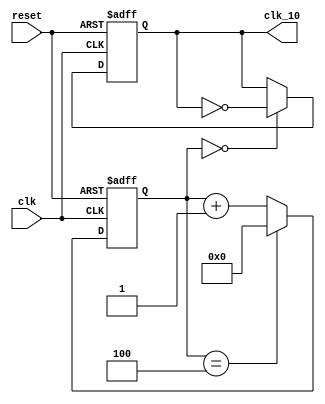
`timescale 1ns / 1ps
//////////////////////////////////////////////////////////////////////////////////
// Company: 
// Engineer: 
// 
// Design Name: 
// Module Name: clk_gen
// Project Name: 
// Target Devices: 
// Tool Versions: 
// Description: 
// 
// Dependencies: 
// 
// Revision:
// Revision 0.01 - File Created
// Additional Comments:
// 
//////////////////////////////////////////////////////////////////////////////////


module clk_gen(
    reset,
    clk,
    clk_10
    );
input reset;
input wire clk;
output clk_10;

reg             clk_10; 
parameter   CNT = 32'd5;//5:10MHz
//parameter   CNT = 32'd5000000;//5000000:10Hz
reg     [31:0]  count;

always @(posedge reset or posedge clk)
begin
    if(reset) begin
        count <= 32'd0;
        clk_10 <= 0;
    end
    else begin
        count <= (count==CNT-32'd1) ? 32'd0 : count + 32'd1;
        clk_10 <= (count==32'd0) ? ~clk_10 : clk_10;
    end

end

endmodule